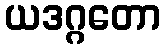
ယဒဂ္ဂတော